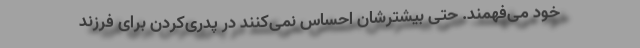
خود می‌فهمند. حتی بیشترشان احساس نمی‌کنند در پدری‌کردن برای فرزند